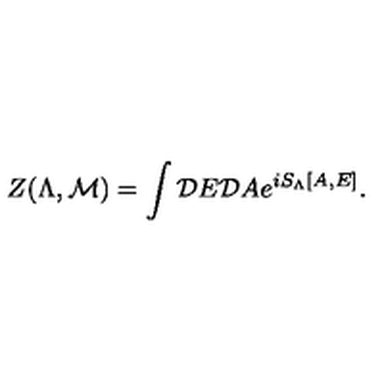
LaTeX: Z ( \Lambda , { \cal M } ) = \int { \cal D } E { \cal D } A e ^ { i S _ { \Lambda } [ A , E ] } .